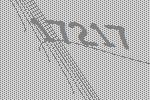
17217